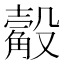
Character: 觳